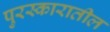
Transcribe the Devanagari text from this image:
पुरस्कारातील